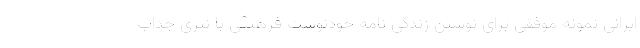
ایرانی نمونه موفقی برای نوشتن زندگی نامه خودنوشت فرهنگی با نثری جذاب